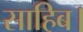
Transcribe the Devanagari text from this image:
साहिब।